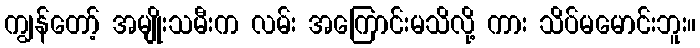
ကျွန်တော့် အမျိုးသမီးက လမ်း အကြောင်းမသိလို့ ကား သိပ်မမောင်းဘူး။